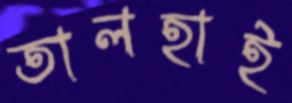
তালহাই